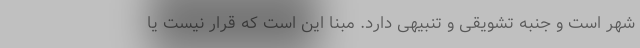
شهر است و جنبه تشویقی و تنبیهی دارد. مبنا این است که قرار نیست یا